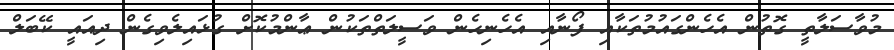
މުވާސަލާތީ ގޮތުން އެހެންގައުމުތަކާއި ފޯނާއި އެހެނިހެން ވަސީލަތްތަކުން ޢާންމުކޮށް ގުޅައިލެވިގެން ދިއައީ ކޭބަލް